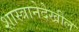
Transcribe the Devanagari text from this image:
शास्त्रानेदेखील